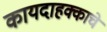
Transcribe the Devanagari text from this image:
कायदाहक्काचे